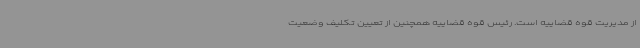
از مدیریت قوه قضاییه است. رئیس قوه قضاییه همچنین از تعیین تکلیف وضعیت